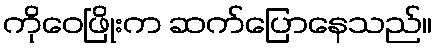
ကိုဝေဖြိုးက ဆက်ပြောနေသည်။